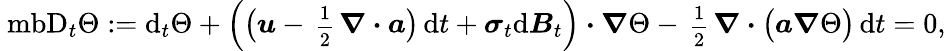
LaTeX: \mathrm{\ mb{D}}_{t}\Theta:=\mathrm{d}_{t}\Theta+\Big(\big(\boldsymbol{u}-\mathrm{\scriptsize~\frac{1}{2}~}\boldsymbol{\nabla}\boldsymbol{\cdot}\boldsymbol{a}\big)\, \mathrm{d}t+\boldsymbol{\sigma}_{t}\mathrm{d}\boldsymbol{B}_{t}\Big)\boldsymbol{\cdot}\boldsymbol{\nabla}\Theta-\mathrm{\scriptsize~\frac{1}{2}~}\boldsymbol{\nabla}\boldsymbol{\cdot}\big(\boldsymbol{a}\boldsymbol{\nabla}\Theta\big)\, \mathrm{d}t=0,